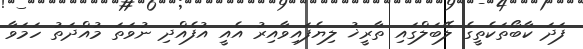
ފަދަ ކާބޯތަކެތީގެ ލޭބަލްގައި ތާރީޚު ލިޔެފައިވާއިރު އެއީ އުފެއްދި ނުވަތަ މުއްދަތު ހަމަވާ